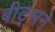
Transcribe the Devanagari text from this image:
बीट्सने